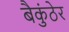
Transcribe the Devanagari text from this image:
बैकुंठेर